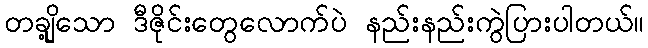
တချို့သော ဒီဇိုင်းတွေလောက်ပဲ နည်းနည်းကွဲပြားပါတယ်။